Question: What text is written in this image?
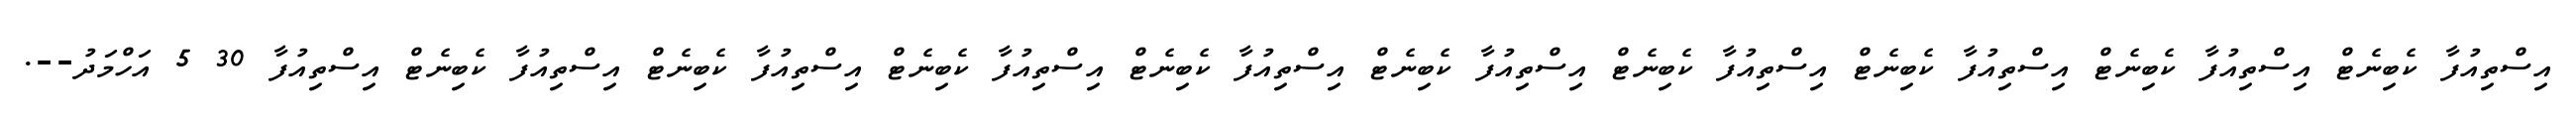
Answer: އިސްތިއުފާ ކެބިނެޓް އިސްތިއުފާ ކެބިނެޓް އިސްތިއުފާ ކެބިނެޓް އިސްތިއުފާ ކެބިނެޓް އިސްތިއުފާ ކެބިނެޓް އިސްތިއުފާ ކެބިނެޓް އިސްތިއުފާ ކެބިނެޓް އިސްތިއުފާ ކެބިނެޓް އިސްތިއުފާ ކެބިނެޓް އިސްތިއުފާ 30 5 އަހްމަދު--.